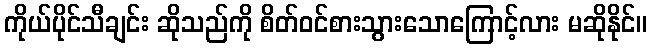
ကိုယ်ပိုင်သီချင်း ဆိုသည်ကို စိတ်ဝင်စားသွားသောကြောင့်လား မဆိုနိုင်။